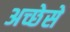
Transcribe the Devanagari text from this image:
अच्छेसे